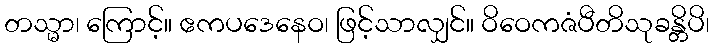
တသ္မာ၊ ကြောင့်။ ဧကပဒေနေဝ၊ ဖြင့်သာလျှင်။ ဝိဝေကဇံပီတိသုခန္တိပိ၊